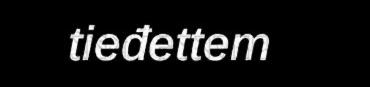
tieđettem